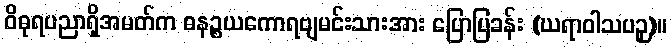
ဝိဓုရပညာရှိအမတ်က ဓနဉ္စယကောရဗျမင်းသားအား ပြောပြခန်း (ဃရာဝါသပဉှ)။